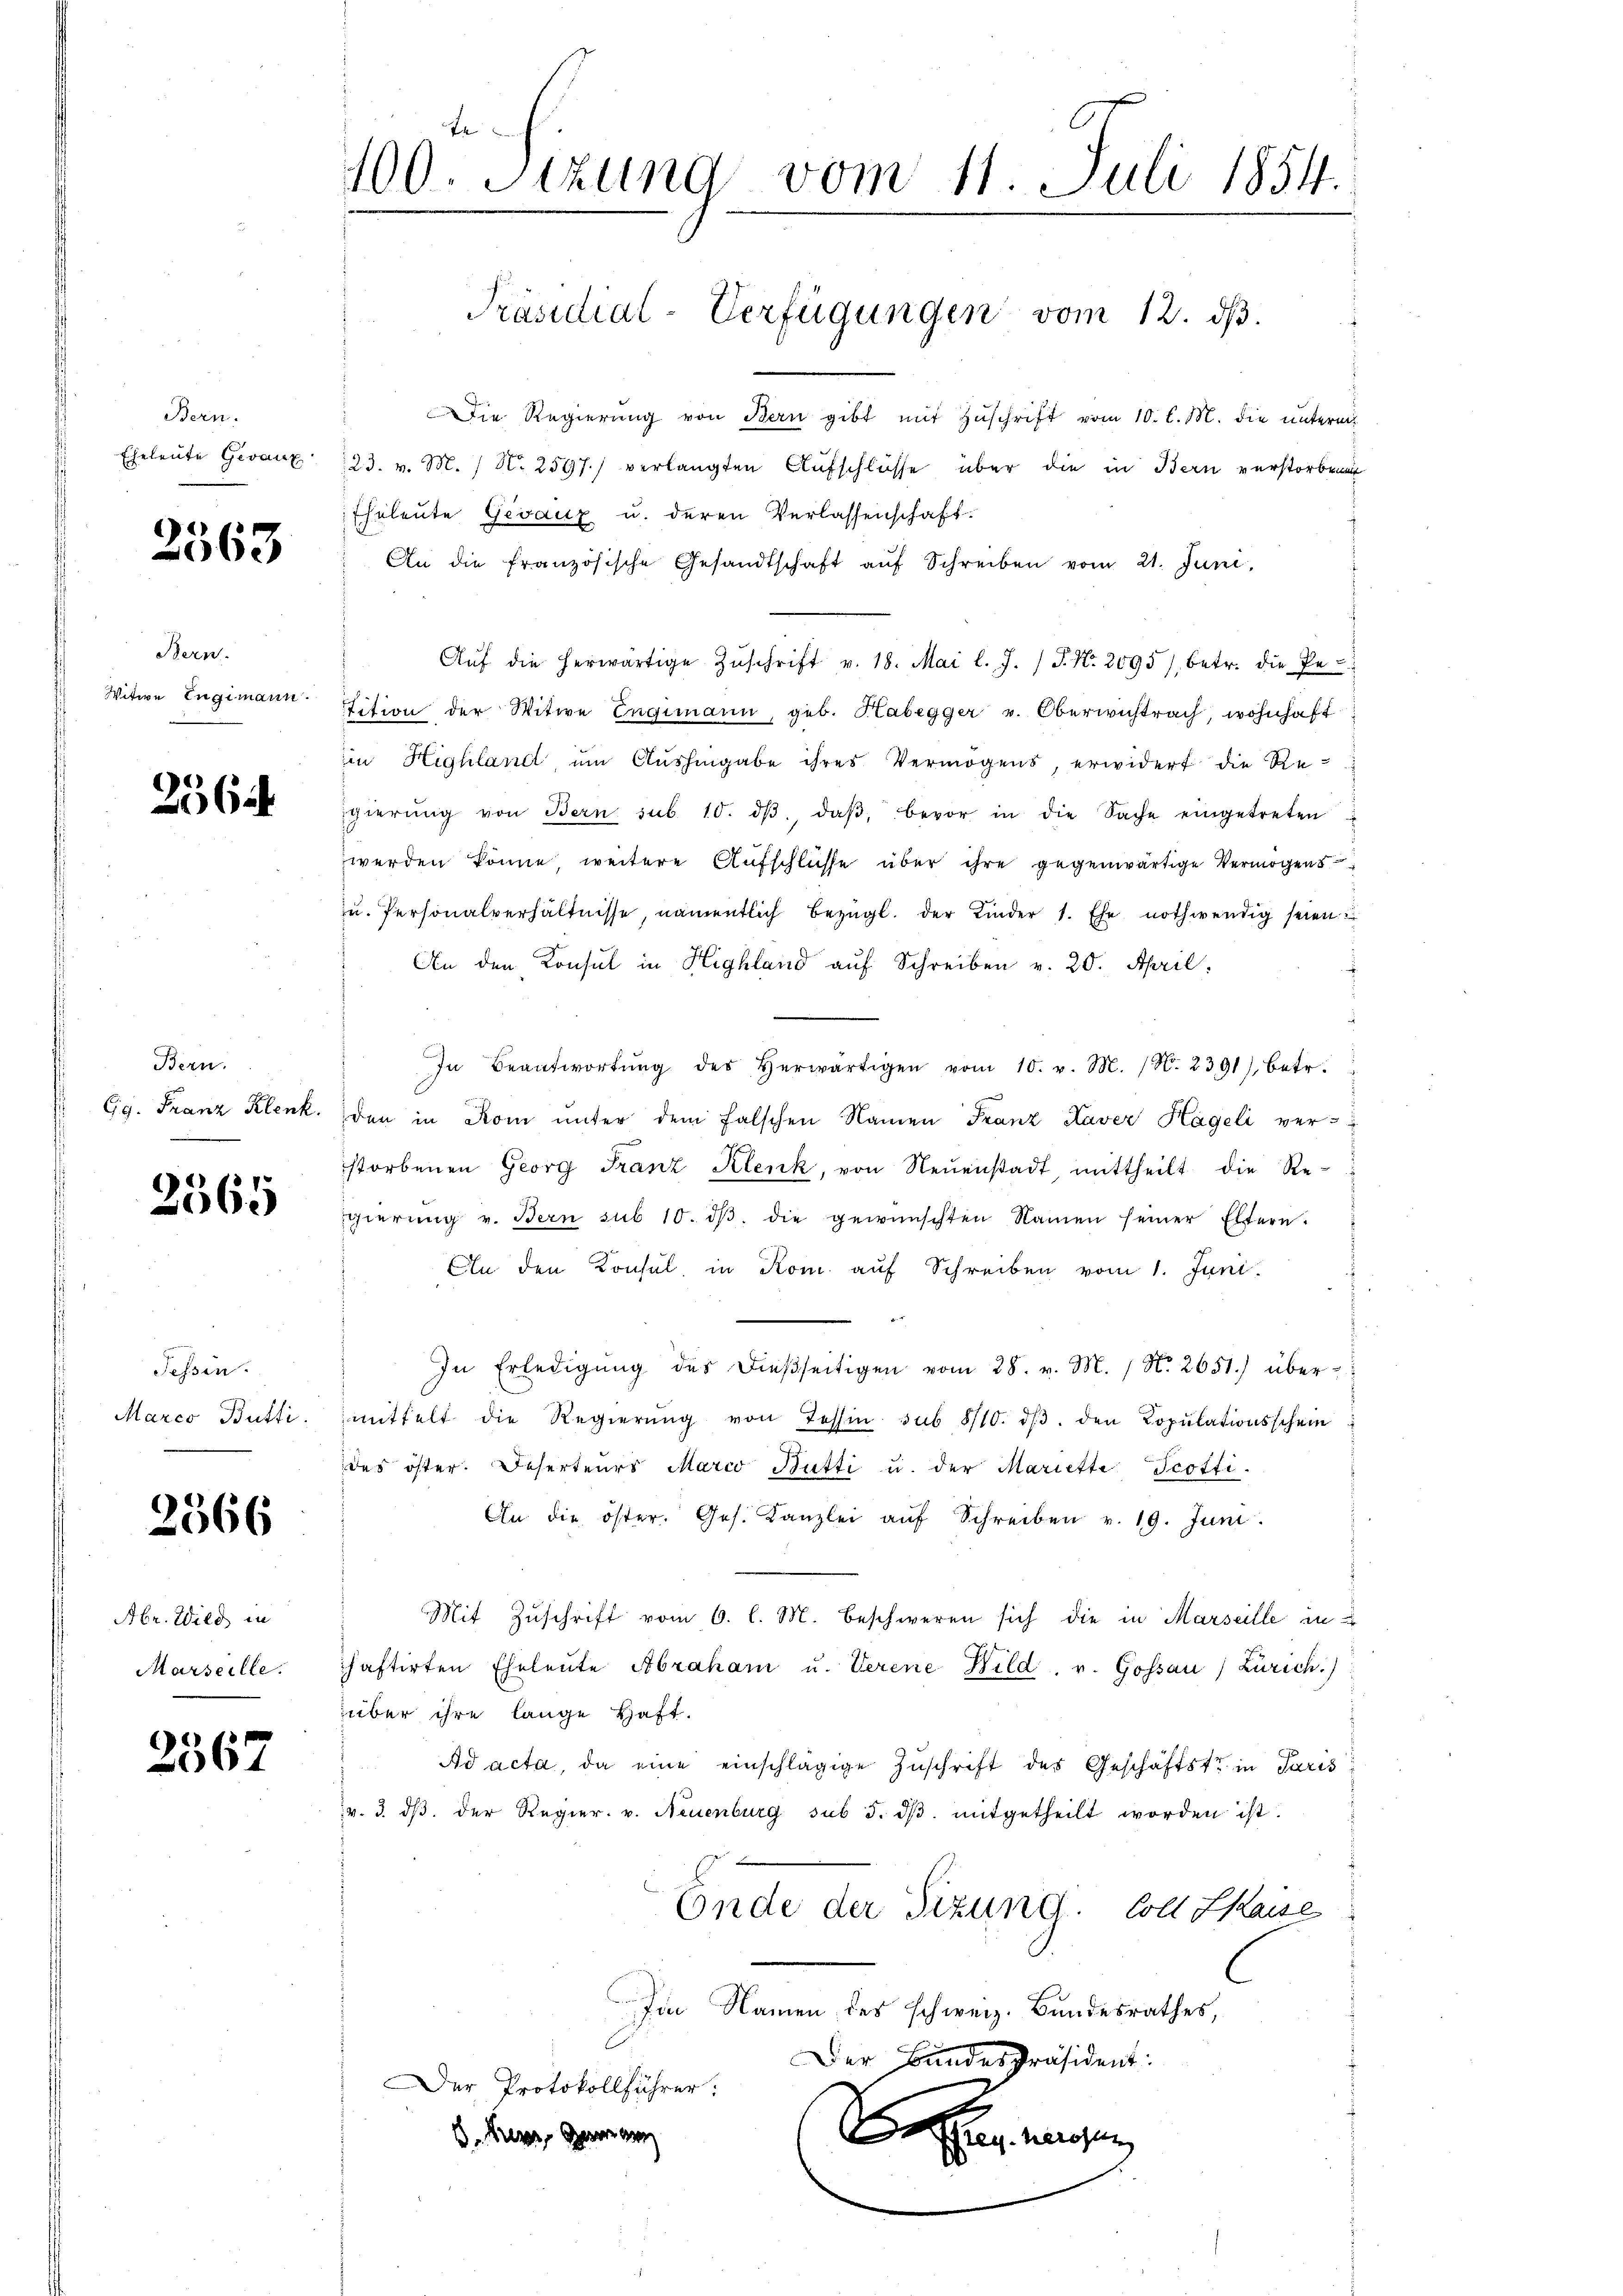
Bern.

2563

Bern.
Witwe Engimann.

2564

Bern.

2565

Tessin.

2566

Abr. Wild in
Marseille.

2567

E
4100. Sitzung vom 11. Juli 1854.
Präsidial-Verfügungen vom 12. ds.

Die Regierŭng von Bern gibt mit Zŭschrift vom 10. l. M. die ŭnterm
Eheleute Gevanz 123. v. M. / N. 2597) verlangten Aufschlüsse über die in Bern verstorbenen
Eheleute Gevanz u. deren Verlassenschaft.
An die französische Gesandtschaft aŭf Schreiben vom 21. Juni,
Aŭf die herwärtige Zŭschrift v. 18. Mai l. J. P. Nr. 2095), betr. die Pe-
tition der Witwe Engimann, geb. Habegger u. Oberwichtrach, wohnhaft
im Highland, um Aushingabe ihres Vermögens, erwidert die Regierŭng von Bern sub 10. dβ, daβ, bevor in die Sache eingetreten
werden könne weitere Aufschlüsse über ihre gegenwärtige Vermögens
zu. Personalverhältnisse, namentlich bezügl. der Kinder 1. Ehe nothwendig seien
An den Konsul in Highland auf Schreiben v. 20. April.
In Beantwortŭng des herwärtigen vom 10. v. M. (N. 2391) betr.
Gg. Franz Klenk. den in Rom unter dem falschen Namen Franz Kaver Hageli ver-
storbenen Georg Franz Klenk, von Neŭenstadt, mittheilt die Re-
gierŭng v. Bern sub 10. dβ die gewünschten Namen seiner Eltern.
In den Konsul in Rom auf Schreiben vom 1. Juni.
i
In Erledigŭng des dießseitigen vom 28. v. M. / No. 2651.) über-
Marco Bütti. mittelt die Regierŭng von Tessin sub 8/10. dβ. den Copŭlationsschein
das öster. Deserteurs Marco Bütti u. der Mariette Scotti.
An die öster. Ges. Kanzlei aŭf Schreiben v. 19. Juni
Mit Zuschrift vom 6. l. M. beschweren sich die in Marseille in
chaftirten Eheleŭte Abraham u. Verene Bild. v. Gossau) Zürich.)
über ihre lange Haft.
Ad acta, da eine einschlägige Zuschrift des Geschäftstr in Paris
v. 3. dβ. der Regier. v. Neuenburg sub 3. dβ mitgetheilt worden ist.
Ende der Sitzung. Soll Skaise
C
Iin Namen des schweiz. Bundesrathes,
Der Bundespräsident:
Der Protokollführer:

Escher wenigen